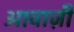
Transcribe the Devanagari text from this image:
आवाज़ी